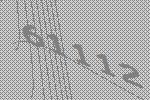
61112